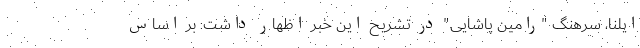
ایلنا،‌ سرهنگ "رامین پاشایی" در تشریح این خبر اظهار داشت: بر اساس